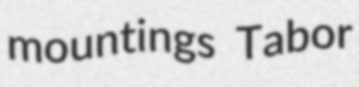
mountings Tabor